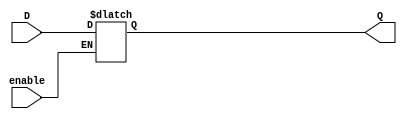
// d latch

module D_latch(output reg Q,input enable,D);
    always @(enable,D)
	if(enable) Q <= D;
endmodule

// test bench code

module test_D_latch();
    wire Q;
    reg enable,D;
    D_latch G(Q,enable,D);
    initial
	begin
	    enable=1;D=0;
            #100 D=1;
	    #100 D=0;
	    #100 enable=0;D=1;
	    #100 enable=1;
	    #100 D=1;
	    #100 enable=0;
	    #100 enable=1;D=0;
	    #100 enable=1;D=1;
	end
endmodule